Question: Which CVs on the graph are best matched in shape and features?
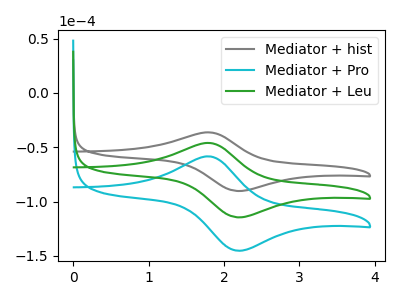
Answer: <think>The gray curve "Mediator + hist" has an anodic peak at (1.80V, -36.30uA) and a cathodic peak at (2.20V, -90.30uA). The cyan curve "Mediator + Pro" has an anodic peak at (1.80V, -92.10uA) and a cathodic peak at (2.20V, -229.05uA). The green curve "Mediator + Leu" has an anodic peak at (1.80V, -46.05uA) and a cathodic peak at (2.20V, -114.55uA).
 All the peaks in "Mediator + hist" have a peak in "Mediator + Pro" at the same potential. All the peaks in "Mediator + hist" have a peak in "Mediator + Leu" at the same potential. All the peaks in "Mediator + Pro" have a peak in "Mediator + Leu" at the same potential.</think>
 <answer>"Mediator + hist", "Mediator + Pro" and "Mediator + Leu" have the same shape and are likely CV's of the same chemical.</answer>
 <eval>"Mediator + hist" "Mediator + Pro" "Mediator + Leu"</eval>